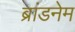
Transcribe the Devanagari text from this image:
ब्रांडनेम